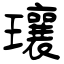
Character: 瓖